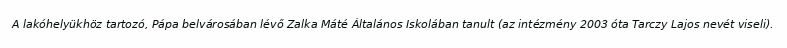
A lakóhelyükhöz tartozó, Pápa belvárosában lévő Zalka Máté Általános Iskolában tanult (az intézmény 2003 óta Tarczy Lajos nevét viseli).